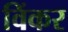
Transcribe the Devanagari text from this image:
विंकर